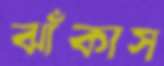
ঝাঁকাস